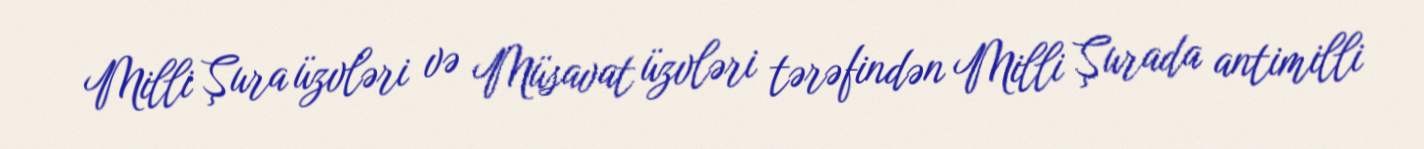
Milli Şura üzvləri və Müsavat üzvləri tərəfindən Milli Şurada antimilli